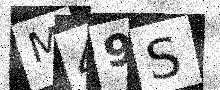
Text: M49S